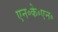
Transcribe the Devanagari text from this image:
एन॰के॰एन॰